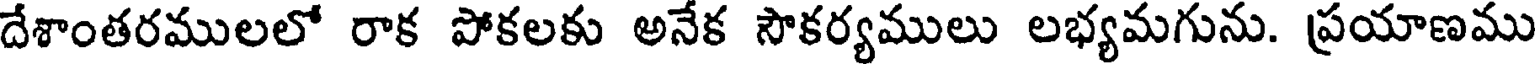
దేశాంతరములలో రాక పోకలకు అనేక సౌకర్యములు లభ్యమగును. ప్రయాణము